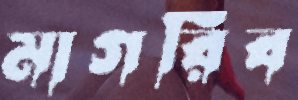
মাগরিব